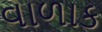
વાળાક